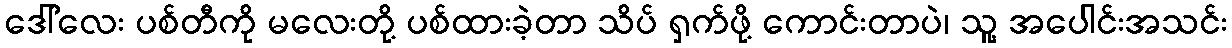
ဒေါ်လေး ပစ်တီကို မလေးတို့ ပစ်ထားခဲ့တာ သိပ် ရှက်ဖို့ ကောင်းတာပဲ၊ သူ့ အပေါင်းအသင်း